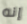
إنه